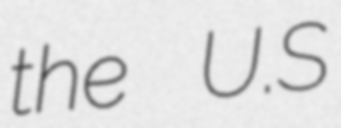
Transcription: the U.S